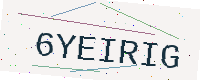
Text: 6YEIRIG